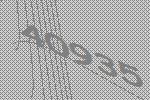
40935